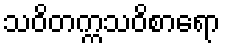
သဝိတက္ကသဝိစာရော